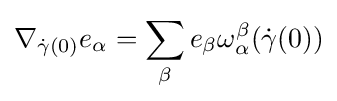
\nabla _{{\dot {\gamma }}(0)}e_{\alpha }=\sum _{\beta }e_{\beta }\omega _{\alpha }^{\beta }({\dot {\gamma }}(0))